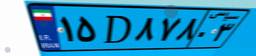
۴۰D۶۵۴۰۰